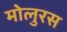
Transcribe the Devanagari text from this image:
मोलुरस